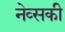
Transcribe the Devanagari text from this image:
नेव्सकी